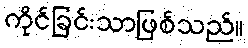
ကိုင်ခြင်းသာဖြစ်သည်။